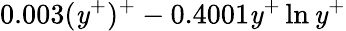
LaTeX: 0.003(\mathit{y}^{+})^{+}-0.4001\mathit{y}^{+}\ln{\mathit{y}^{+}}